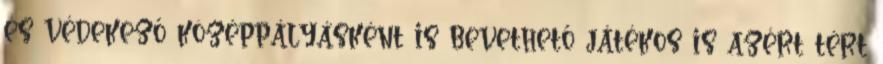
és védekező középpályásként is bevethető játékos is azért tért